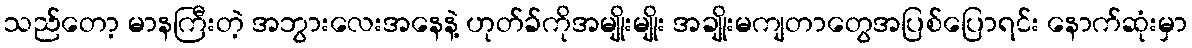
သည်တော့ မာနကြီးတဲ့ အဘွားလေးအနေနဲ့ ဟုတ်ခ်ကိုအမျိုးမျိုး အချိုးမကျတာတွေအပြစ်ပြောရင်း နောက်ဆုံးမှာ